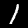
Digit: 1